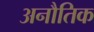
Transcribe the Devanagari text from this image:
अनौतिक